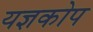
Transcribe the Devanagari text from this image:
यज्ञकोप